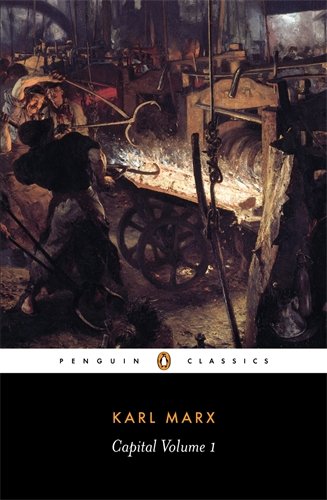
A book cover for Capital: Volume 1: A Critique of Political Economy (Penguin Classics); Karl Marx; Business & Money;